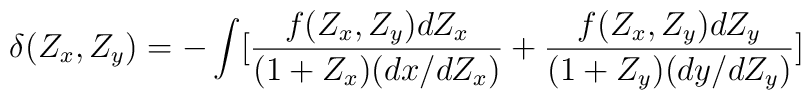
\delta(Z_x, Z_y)=-\int[\frac{f(Z_x,Z_y)dZ_x}{(1+Z_x)(dx/dZ_x)}+\frac{f(Z_x,Z_y)dZ_y}{(1+Z_y)(dy/dZ_y)}]